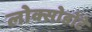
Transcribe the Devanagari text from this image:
लोक्सोडोंटे